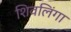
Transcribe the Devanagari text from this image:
शिवलिंगा